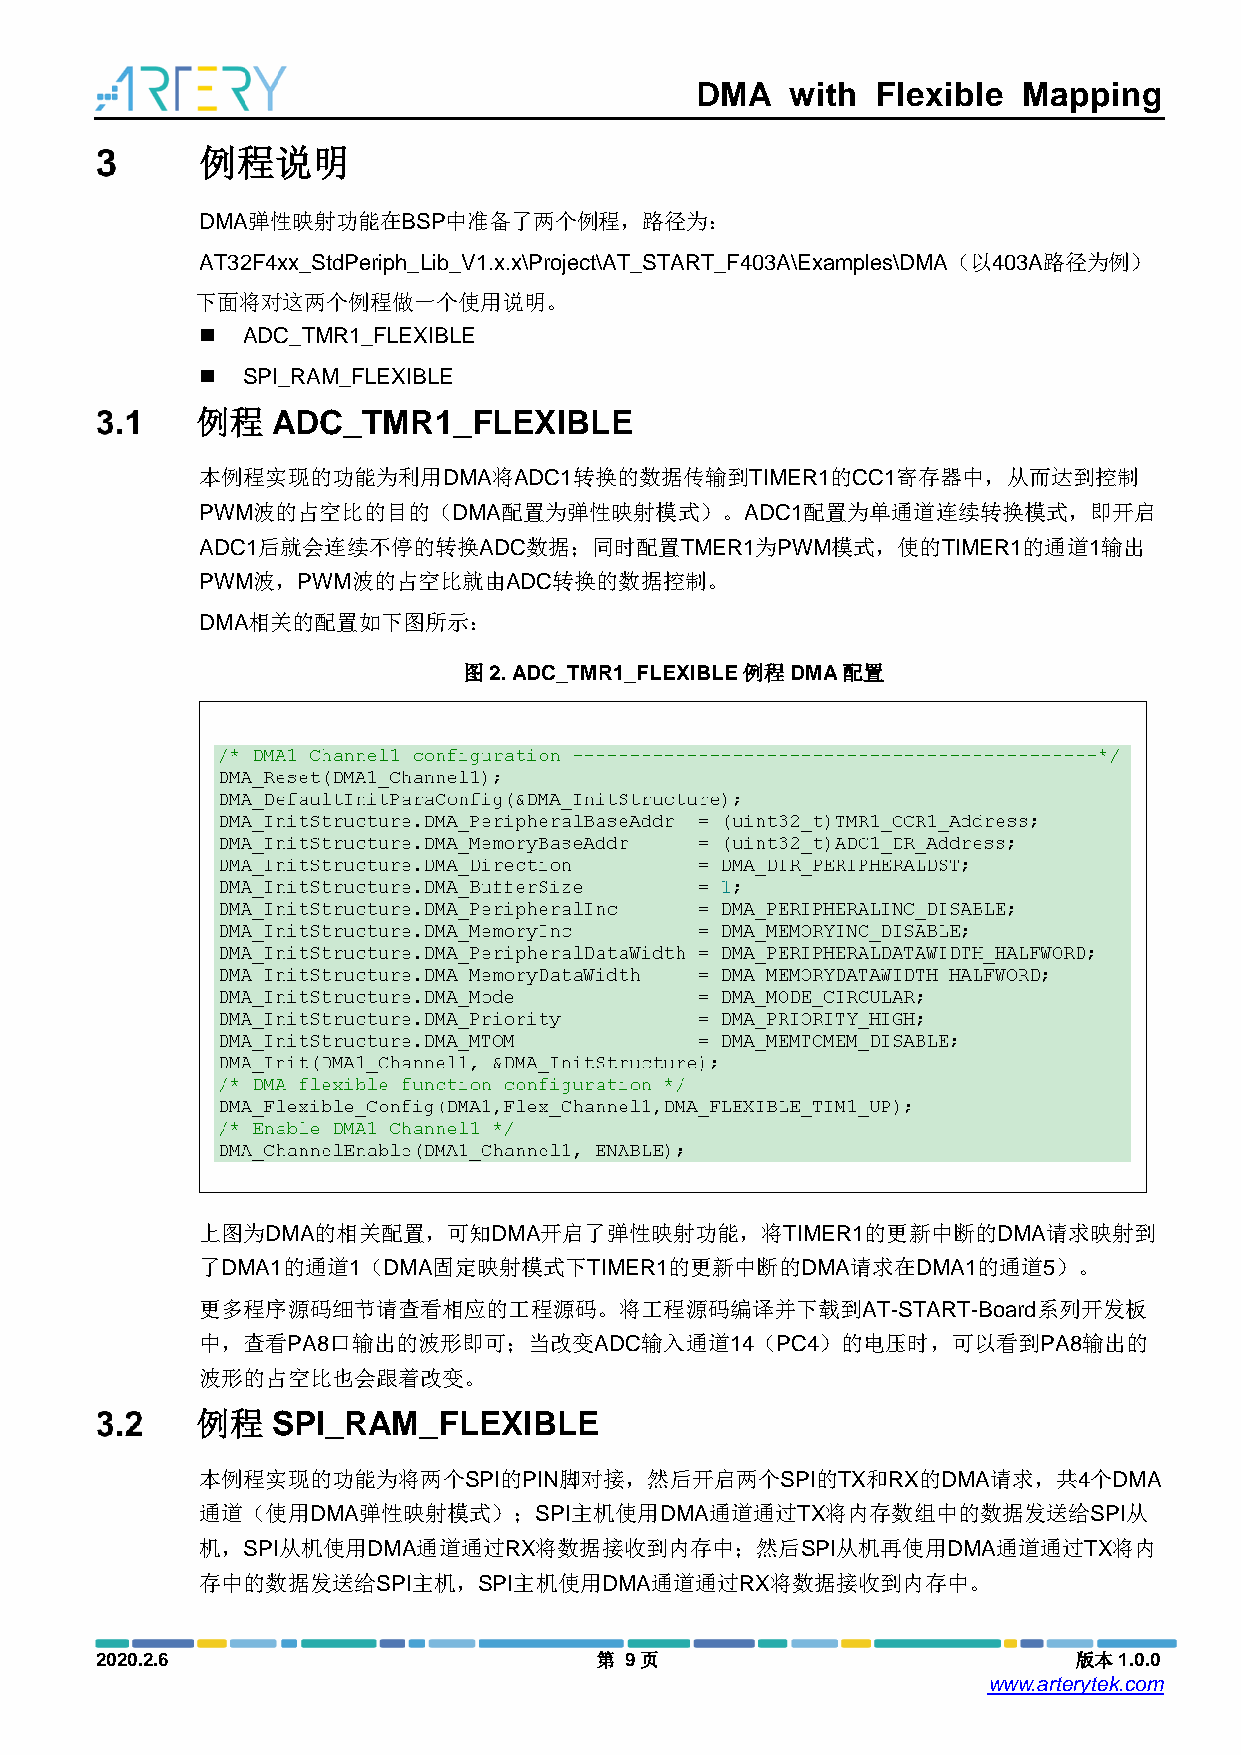
DMA   with  Flexible  Mapping
 例程说明
 DMA弹性映射功能在BSP中准备了两个例程，路径为：
 AT32F4xx_StdPeriph_Lib_V1.x.x\Project\AT_START_F403A\Examples\DMA（以403A路径为例）
 下面将对这两个例程做一个使用说明。
   ADC_TMR1_FLEXIBLE
   SPI_RAM_FLEXIBLE
 例程   ADC_TMR1_FLEXIBLE
 本例程实现的功能为利用DMA将ADC1转换的数据传输到TIMER1的CC1寄存器中，从而达到控制
 PWM波的占空比的目的（DMA配置为弹性映射模式）。ADC1配置为单通道连续转换模式，即开启
 ADC1后就会连续不停的转换ADC数据；同时配置TMER1为PWM模式，使的TIMER1的通道1输出
 PWM波，PWM波的占空比就由ADC转换的数据控制。
 DMA相关的配置如下图所示：
 图2. ADC_TMR1_FLEXIBLE例程DMA配置
 上图为DMA的相关配置，可知DMA开启了弹性映射功能，将TIMER1的更新中断的DMA请求映射到
 了DMA1的通道1（DMA固定映射模式下TIMER1的更新中断的DMA请求在DMA1的通道5）。
 更多程序源码细节请查看相应的工程源码。将工程源码编译并下载到AT-START-Board系列开发板
 中，查看PA8口输出的波形即可；当改变ADC输入通道14（PC4）的电压时，可以看到PA8输出的
 波形的占空比也会跟着改变。
 例程   SPI_RAM_FLEXIBLE
 本例程实现的功能为将两个SPI的PIN脚对接，然后开启两个SPI的TX和RX的DMA请求，共4个DMA
 通道（使用DMA弹性映射模式）；SPI主机使用DMA通道通过TX将内存数组中的数据发送给SPI从
 机，SPI从机使用DMA通道通过RX将数据接收到内存中；然后SPI从机再使用DMA通道通过TX将内
 存中的数据发送给SPI主机，SPI主机使用DMA通道通过RX将数据接收到内存中。
 2020.2.6                         第 9页                            版本1.0.0
 www.arterytek.com